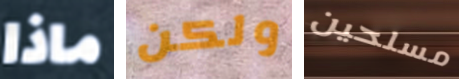
ماذا ولكن مسلحين